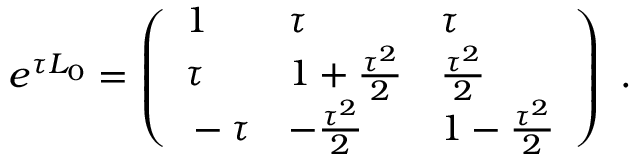
e ^ { \tau L _ { 0 } } = \left( \begin{array} { l l l } { { \strut 1 } } & { { \tau } } & { { \tau } } \\ { { \strut \tau } } & { { 1 + { \frac { \tau ^ { 2 } } { 2 } } } } & { { { \frac { \tau ^ { 2 } } { 2 } } } } \\ { { \strut - \tau } } & { { - { \frac { \tau ^ { 2 } } { 2 } } } } & { { 1 - { \frac { \tau ^ { 2 } } { 2 } } } } \end{array} \right) \ .